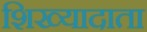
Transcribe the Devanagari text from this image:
शिख्यादाता